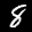
Label: 8